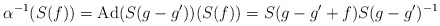
\begin{align*}\alpha^{-1}(S(f))=\mathrm{Ad}(S(g-g'))(S(f))=S(g-g'+f)S(g-g')^{-1}\end{align*}